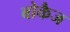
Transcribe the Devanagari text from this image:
बोकैज